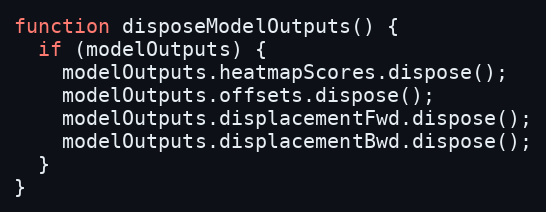
Language: JavaScript
function disposeModelOutputs() {
  if (modelOutputs) {
    modelOutputs.heatmapScores.dispose();
    modelOutputs.offsets.dispose();
    modelOutputs.displacementFwd.dispose();
    modelOutputs.displacementBwd.dispose();
  }
}